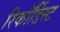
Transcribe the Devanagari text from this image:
रिकॉर्डिस्ट